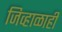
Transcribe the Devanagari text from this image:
जिव्हाळाही